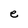
Character: e